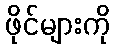
ဖိုင်များကို